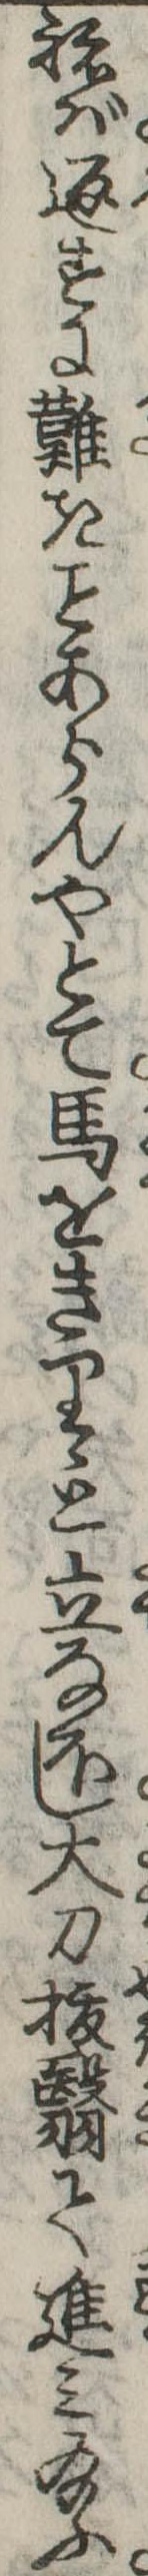
ねば返すに難きあらんやとて馬をきりゝと立なほし大刀抜翳て進み給ふ